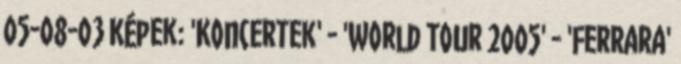
05-08-03 Képek: 'Koncertek' - 'World Tour 2005' - 'Ferrara'